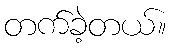
တက်ခဲ့တယ်။